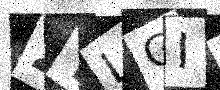
Text: 2TLGIA